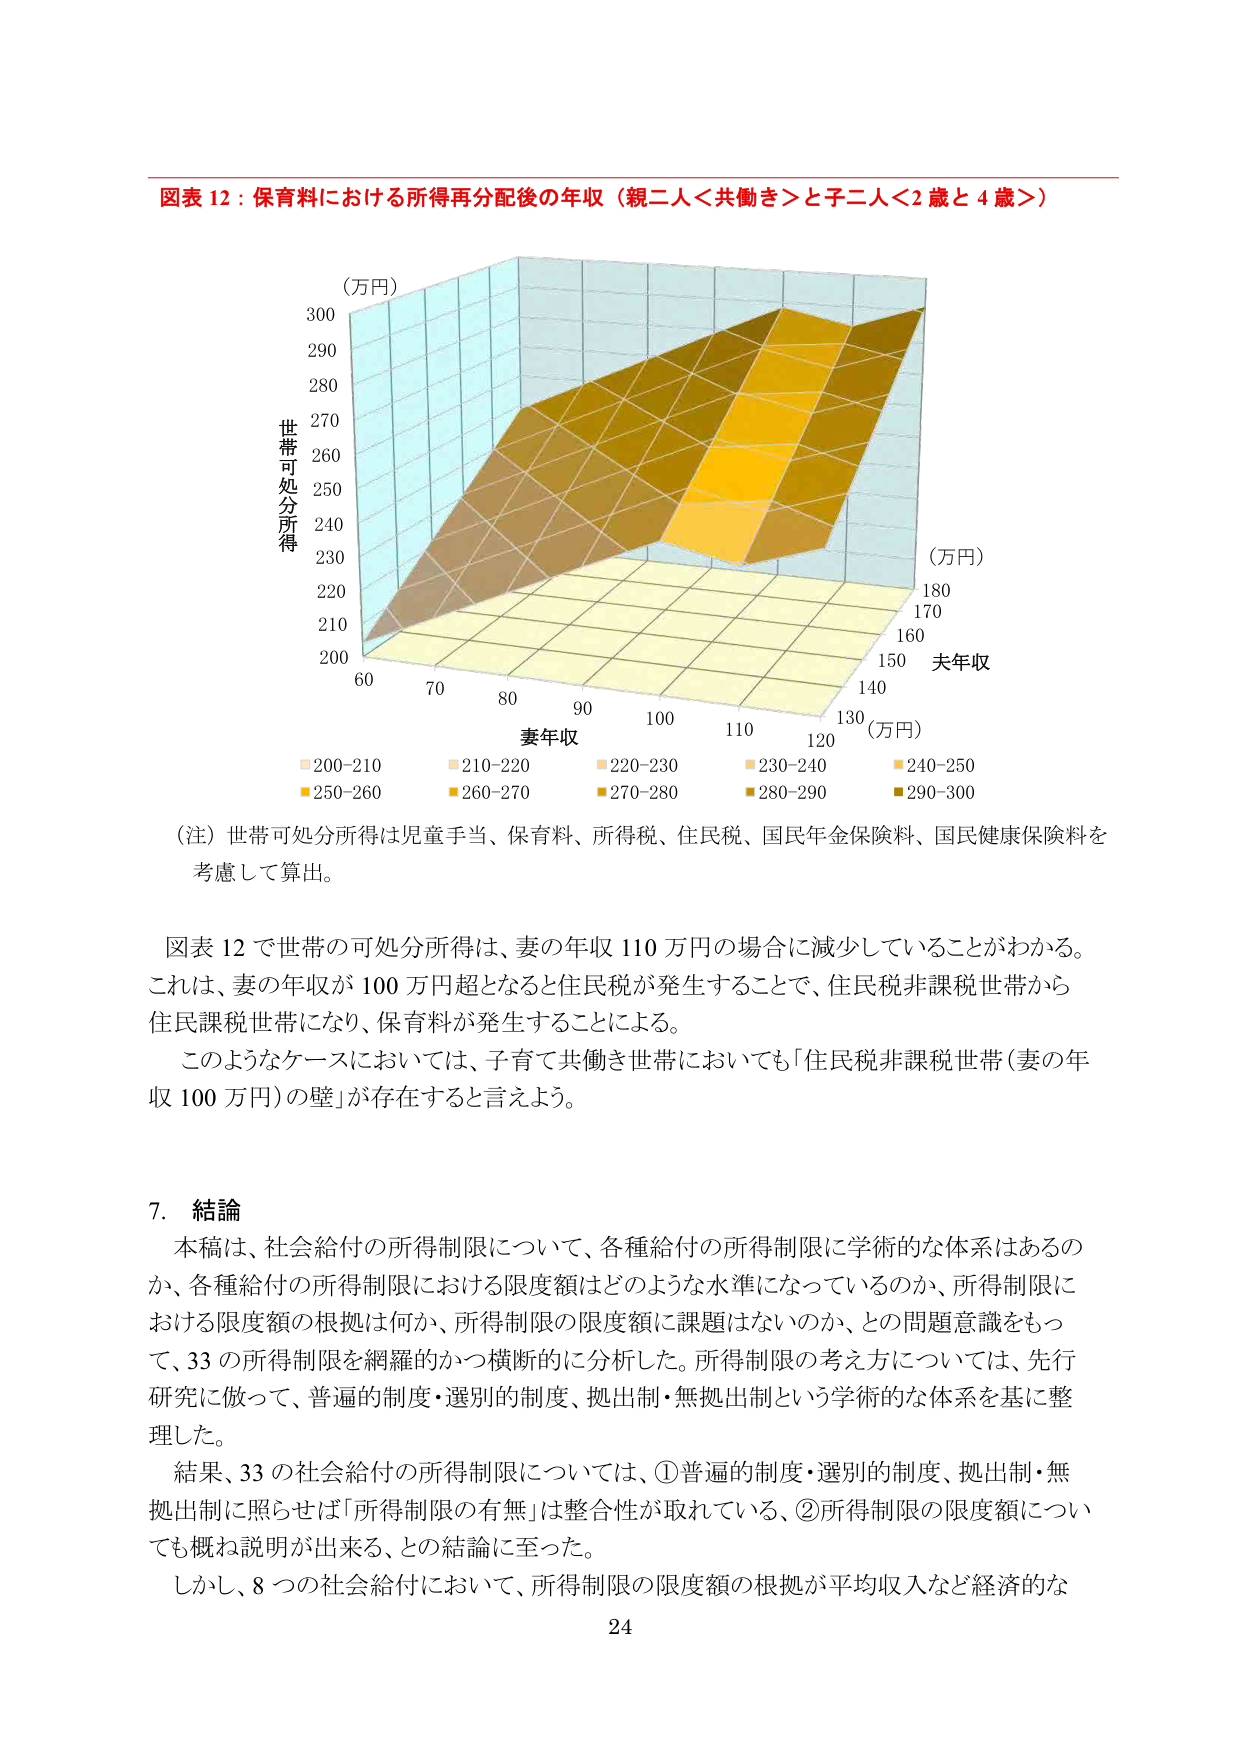
図表 12：保育料における所得再分配後の年収（親二人＜共働き＞と子二人＜2 歳と 4 歳＞）

（万円）
世帯可処分所得
300
290
280
270
260
250
240
230
220
210
200

60 70 80 90 100 110 120 130
妻年収

140 150 160 170 180
夫年収
（万円）

（万円）

■200-210 ■210-220 ■220-230 ■230-240 ■240-250
■250-260 ■260-270 ■270-280 ■280-290 ■290-300

（注）世帯可処分所得は児童手当、保育料、所得税、住民税、国民年金保険料、国民健康保険料を
考慮して算出。

図表 12 で世帯の可処分所得は、妻の年収 110 万円の場合に減少していることがわかる。
これは、妻の年収が 100 万円超となると住民税が発生することで、住民税非課税世帯から
住民課税世帯になり、保育料が発生することによる。
このようなケースにおいては、子育て共働き世帯においても「住民税非課税世帯（妻の年
収 100 万円）の壁」が存在すると言えよう。

7. 結論
本稿は、社会給付の所得制限について、各種給付の所得制限に学術的な体系はあるの
か、各種給付の所得制限における限度額はどのような水準になっているのか、所得制限に
おける限度額の根拠は何か、所得制限の限度額に課題はないのか、との問題意識をもっ
て、33 の所得制限を網羅的かつ横断的に分析した。所得制限の考え方については、先行
研究に倣って、普遍的制度・選別的制度、拠出制・無拠出制という学術的な体系を基に整
理した。
結果、33 の社会給付の所得制限については、①普遍的制度・選別的制度、拠出制・無
拠出制に照らせば「所得制限の有無」は整合性が取れている、②所得制限の限度額につい
ても概ね説明が出来る、との結論に至った。
しかし、8 つの社会給付において、所得制限の限度額の根拠が平均収入など経済的な

24